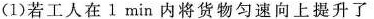
(1)若工人在1min内将货物匀速向上提升了